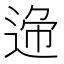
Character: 𨓝